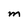
Character: M